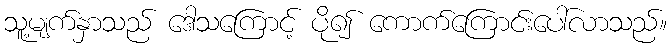
သူ့မျက်နှာသည် ဒေါသကြောင့် ပို၍ ကောက်ကြောင်းပေါ်လာသည်။